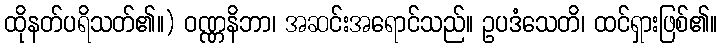
ထိုနတ်ပရိသတ်၏။) ဝဏ္ဏနိဘာ၊ အဆင်းအရောင်သည်။ ဥပဒံသေတိ၊ ထင်ရှားဖြစ်၏။